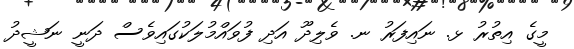
މީގެ އިތުރު ޅ. ނައިފަރު ނ. ވެލިދޫ އަދި ފުވައްމުލަކުގައިވެސް ދަނީ ނަޝީދު